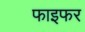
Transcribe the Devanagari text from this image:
फाइफर